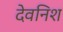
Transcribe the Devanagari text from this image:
देवनिश